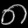
Digit: ၈